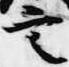
言